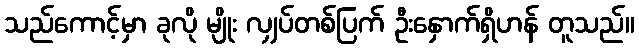
သည်ကောင့်မှာ ခုလို မျိုး လျှပ်တစ်ပြက် ဦးနှောက်ရှိဟန် တူသည်။